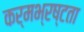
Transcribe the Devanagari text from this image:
कर्मभ्रष्टता